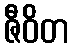
ဇီဝိတ